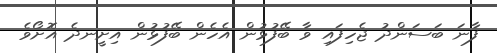
ފާނަ ބަސަންދު ޖެހިފައި ވާ ބޭފުޅުން އެހެން ބޭފުޅުން އިށީނދެ އޮށޯވެ